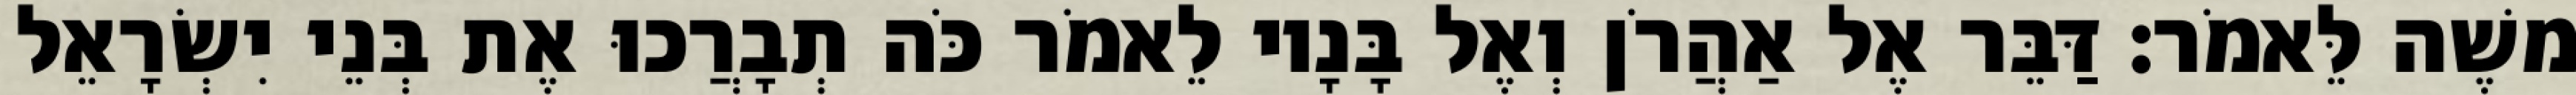
משֶׁה לֵּאמֹר׃ דַּבֵּר אֶל אַהֲרֹן וְאֶל בָּנָיו לֵאמֹר כֹּה תְבָרֲכוּ אֶת בְּנֵי יִשְׂרָאֵל